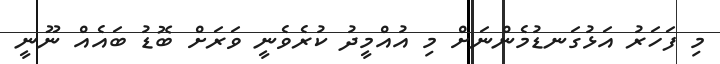
މި ފަހަރު އަޅުގަނޑުމެންނަށް މި އުއްމީދު ކުރެވެނީ ވަރަށް ބޮޑު ބައެއް ނޫނީ